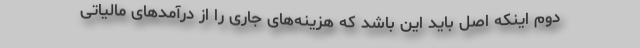
دوم اینكه اصل باید این باشد كه هزینه‌های جاری را از درآمدهای مالیاتی